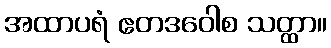
အထာပရံ ဧတဒဝေါစ သတ္ထာ။